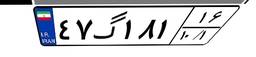
۴۷گ۱۸۱۱۶